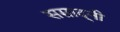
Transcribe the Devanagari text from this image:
सम्राद्नी